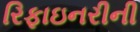
રિફાઇનરીની